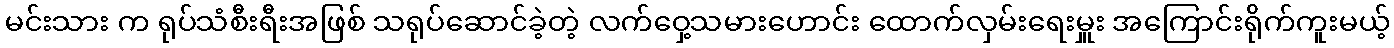
မင်းသား က ရုပ်သံစီးရီးအဖြစ် သရုပ်ဆောင်ခဲ့တဲ့ လက်ဝှေ့သမားဟောင်း ထောက်လှမ်းရေးမှူး အကြောင်းရိုက်ကူးမယ့်